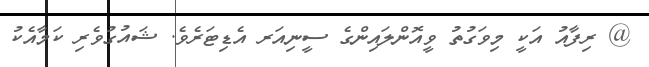
@ ރިފާއު އަކީ މިވަގުތު ވީއޮންލައިންގެ ސީނިއަރ އެޑިޓަރެވެ. ޝައުގުވެރި ކަމާއެކު